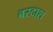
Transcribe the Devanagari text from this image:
बरदाश